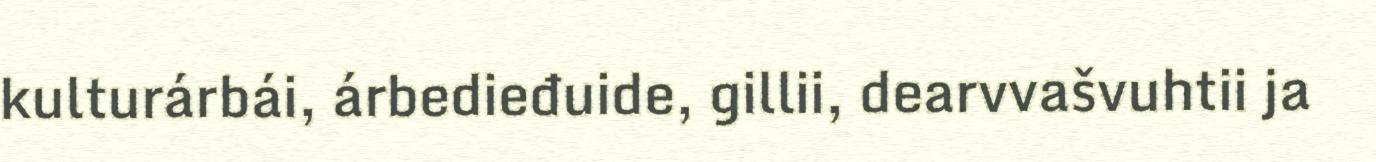
kulturárbái, árbedieđuide, gillii, dearvvašvuhtii ja